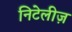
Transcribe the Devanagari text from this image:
निटेलीज़